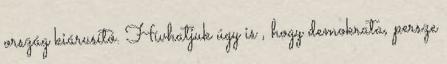
ország kiárusító. Hívhatjuk úgy is , hogy demokrata, persze